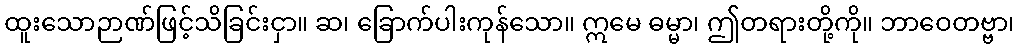
ထူးသောဉာဏ်ဖြင့်သိခြင်းငှာ။ ဆ၊ ခြောက်ပါးကုန်သော။ ဣမေ ဓမ္မာ၊ ဤတရားတို့ကို။ ဘာဝေတဗ္ဗာ၊